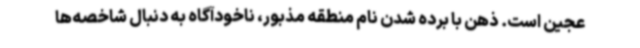
عجین است. ذهن با برده شدن نام منطقه مذبور، ناخودآگاه به دنبال شاخصه‌ها